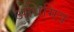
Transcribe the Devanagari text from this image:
अधिमित्र